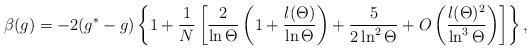
LaTeX: \begin{align*}\beta(g) = - 2 (g^* - g) \left\{ 1 + {1\over N} \left[ {2\over \ln \Theta} \left(1 + {l(\Theta)\over \ln \Theta}\right) + {5\over 2 \ln^2 \Theta} + O\left({l(\Theta)^2\over\ln^3 \Theta}\right) \right] \right\},\end{align*}